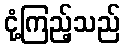
ငုံ့ကြည့်သည်